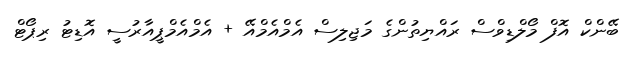
ބޭންކް އޮފް މޯލްޑިވްސް ރައްޔިތުންގެ މަޖިލިސް އެމްއެމްއޭ + އެމްއެމްޕީއާރުސީ އޮޑިޓު ރިޕޯޓް